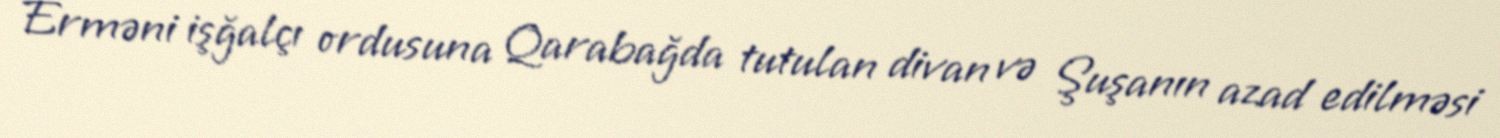
Erməni işğalçı ordusuna Qarabağda tutulan divan və Şuşanın azad edilməsi